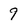
Character: 9